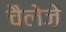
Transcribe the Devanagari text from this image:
चैलेज़े